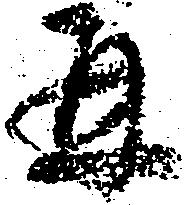
再